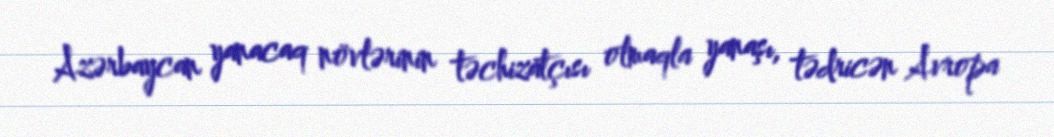
Azərbaycan yanacaq növlərinin təchizatçısı olmaqla yanaşı, tədricən Avropa